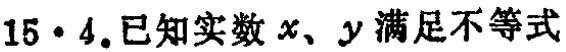
15·4.已知实数\(x、y\)满足不等式